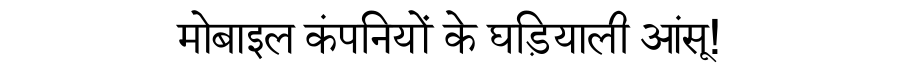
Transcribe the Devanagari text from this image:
मोबाइल कंपनियों के घड़ियाली आंसू!